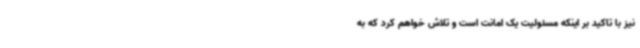
نیز با تاکید بر اینکه مسئولیت یک امانت است و تلاش خواهم کرد که به